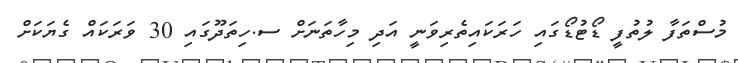
މުސްތަފާ ލުތުފީ ޑޯޓުޑޯގައި ހަރަކައިތެރިވަނީ އަދި މިހާތަނަށް ސ.ހިތަދޫގައި 30 ވަރަކައް ގެޔަކަށް